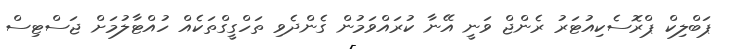
ޕަބްލިކް ޕްރޮސެކިއުޓަރު ރެންޖް ވަނީ އޭނާ ކުރައްވަމުން ގެންދެވި ތަހްގީގްތަކެއް ހުއްޓާލުމަށް ޖަސްޓިސް